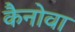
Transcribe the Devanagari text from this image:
कैनोवा